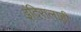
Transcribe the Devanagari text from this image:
इंदिरालाही